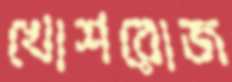
খোশরোজ